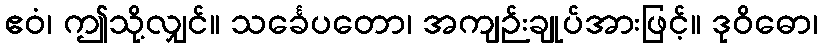
ဧဝံ၊ ဤသို့လျှင်။ သင်္ခေပတော၊ အကျဉ်းချုပ်အားဖြင့်။ ဒုဝိဓော၊